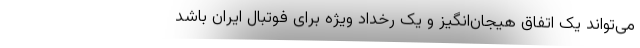
می‌تواند یک اتفاق هیجان‌انگیز و یک رخداد ویژه برای فوتبال ایران باشد